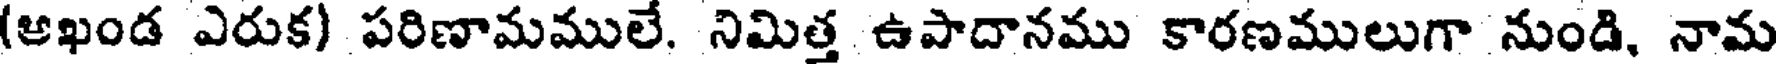
(ఆఖండ ఎరుక) పరిణామములే. నిమిత్త ఉపాదానము కారణములుగా నుండి, నామ